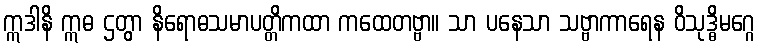
ဣဒါနိ ဣဓ ဌတွာ နိရောဓသမာပတ္တိကထာ ကထေတဗ္ဗာ။ သာ ပနေသာ သဗ္ဗာကာရေန ဝိသုဒ္ဓိမဂ္ဂေ